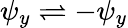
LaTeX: {\psi_{y}\rightleftharpoons-\psi_{y}}